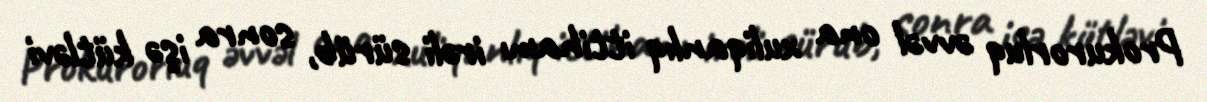
Prokurorluq əvvəl ona xuliqanlıq ittihamı irəli sürüb, sonra işə kütləvi